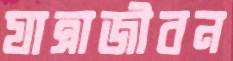
যাত্রাজীবন